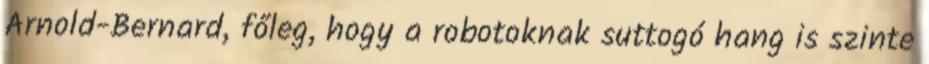
Arnold-Bernard, főleg, hogy a robotoknak suttogó hang is szinte